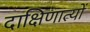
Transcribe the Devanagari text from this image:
दाक्षिणात्यों